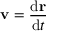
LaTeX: \mathbf { v } = { \frac { \mathrm { d } \mathbf { r } } { \mathrm { d } t } } \,